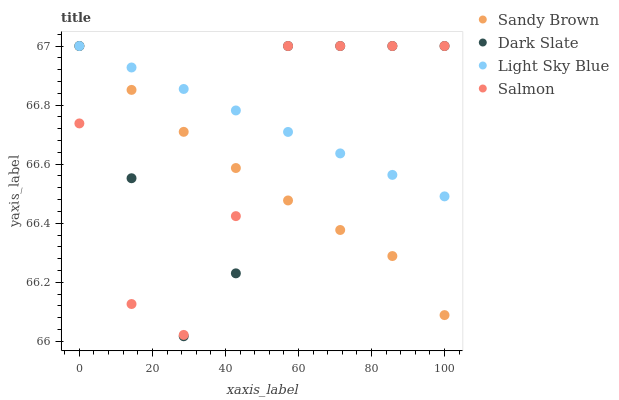
| xaxis_label | Sandy Brown | Dark Slate | Light Sky Blue | Salmon |
 | --- | --- | --- | --- | --- |
 | 0 | 67 | 67 | 67 | 66.7 |
 | 14.3 | 66.9 | 66.6 | 66.9 | 66.1 |
 | 28.6 | 66.7 | 66 | 66.9 | 66 |
 | 42.9 | 66.6 | 66.2 | 66.8 | 66.4 |
 | 57.1 | 66.5 | 67 | 66.7 | 67 |
 | 71.4 | 66.4 | 67 | 66.6 | 67 |
 | 85.7 | 66.3 | 67 | 66.6 | 67 |
 | 100 | 66.1 | 67 | 66.5 | 67 |